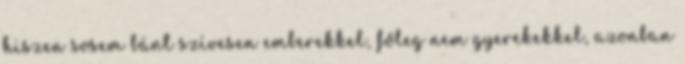
hiszen sosem bánt szívesen emberekkel, főleg nem gyerekekkel, azonban